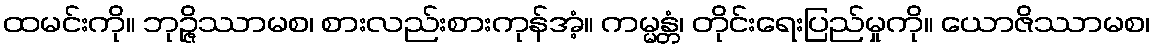
ထမင်းကို။ ဘုဉ္ဇိဿာမစ၊ စားလည်းစားကုန်အံ့။ ကမ္မန္တံ၊ တိုင်းရေးပြည်မှုကို။ ယောဇိဿာမစ၊